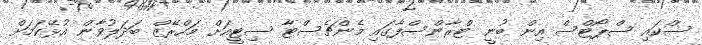
ސްކައި ސްޕޯޓްސް އިން ބުނީ ޓްރާންސްފާގައި މެންޗެސްޓާ ސިޓީއަށް މަހްރޭޒް ބަދަލުވާން އުޅޭކަމަށް